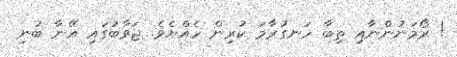
! ރޯމަނުންނާއި ތިބާ ހަނގުރާމަ ކުރިން ހެއްޔެވެ. ޖަވާބުގައި އޭނާ ބުނި